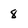
Character: 8